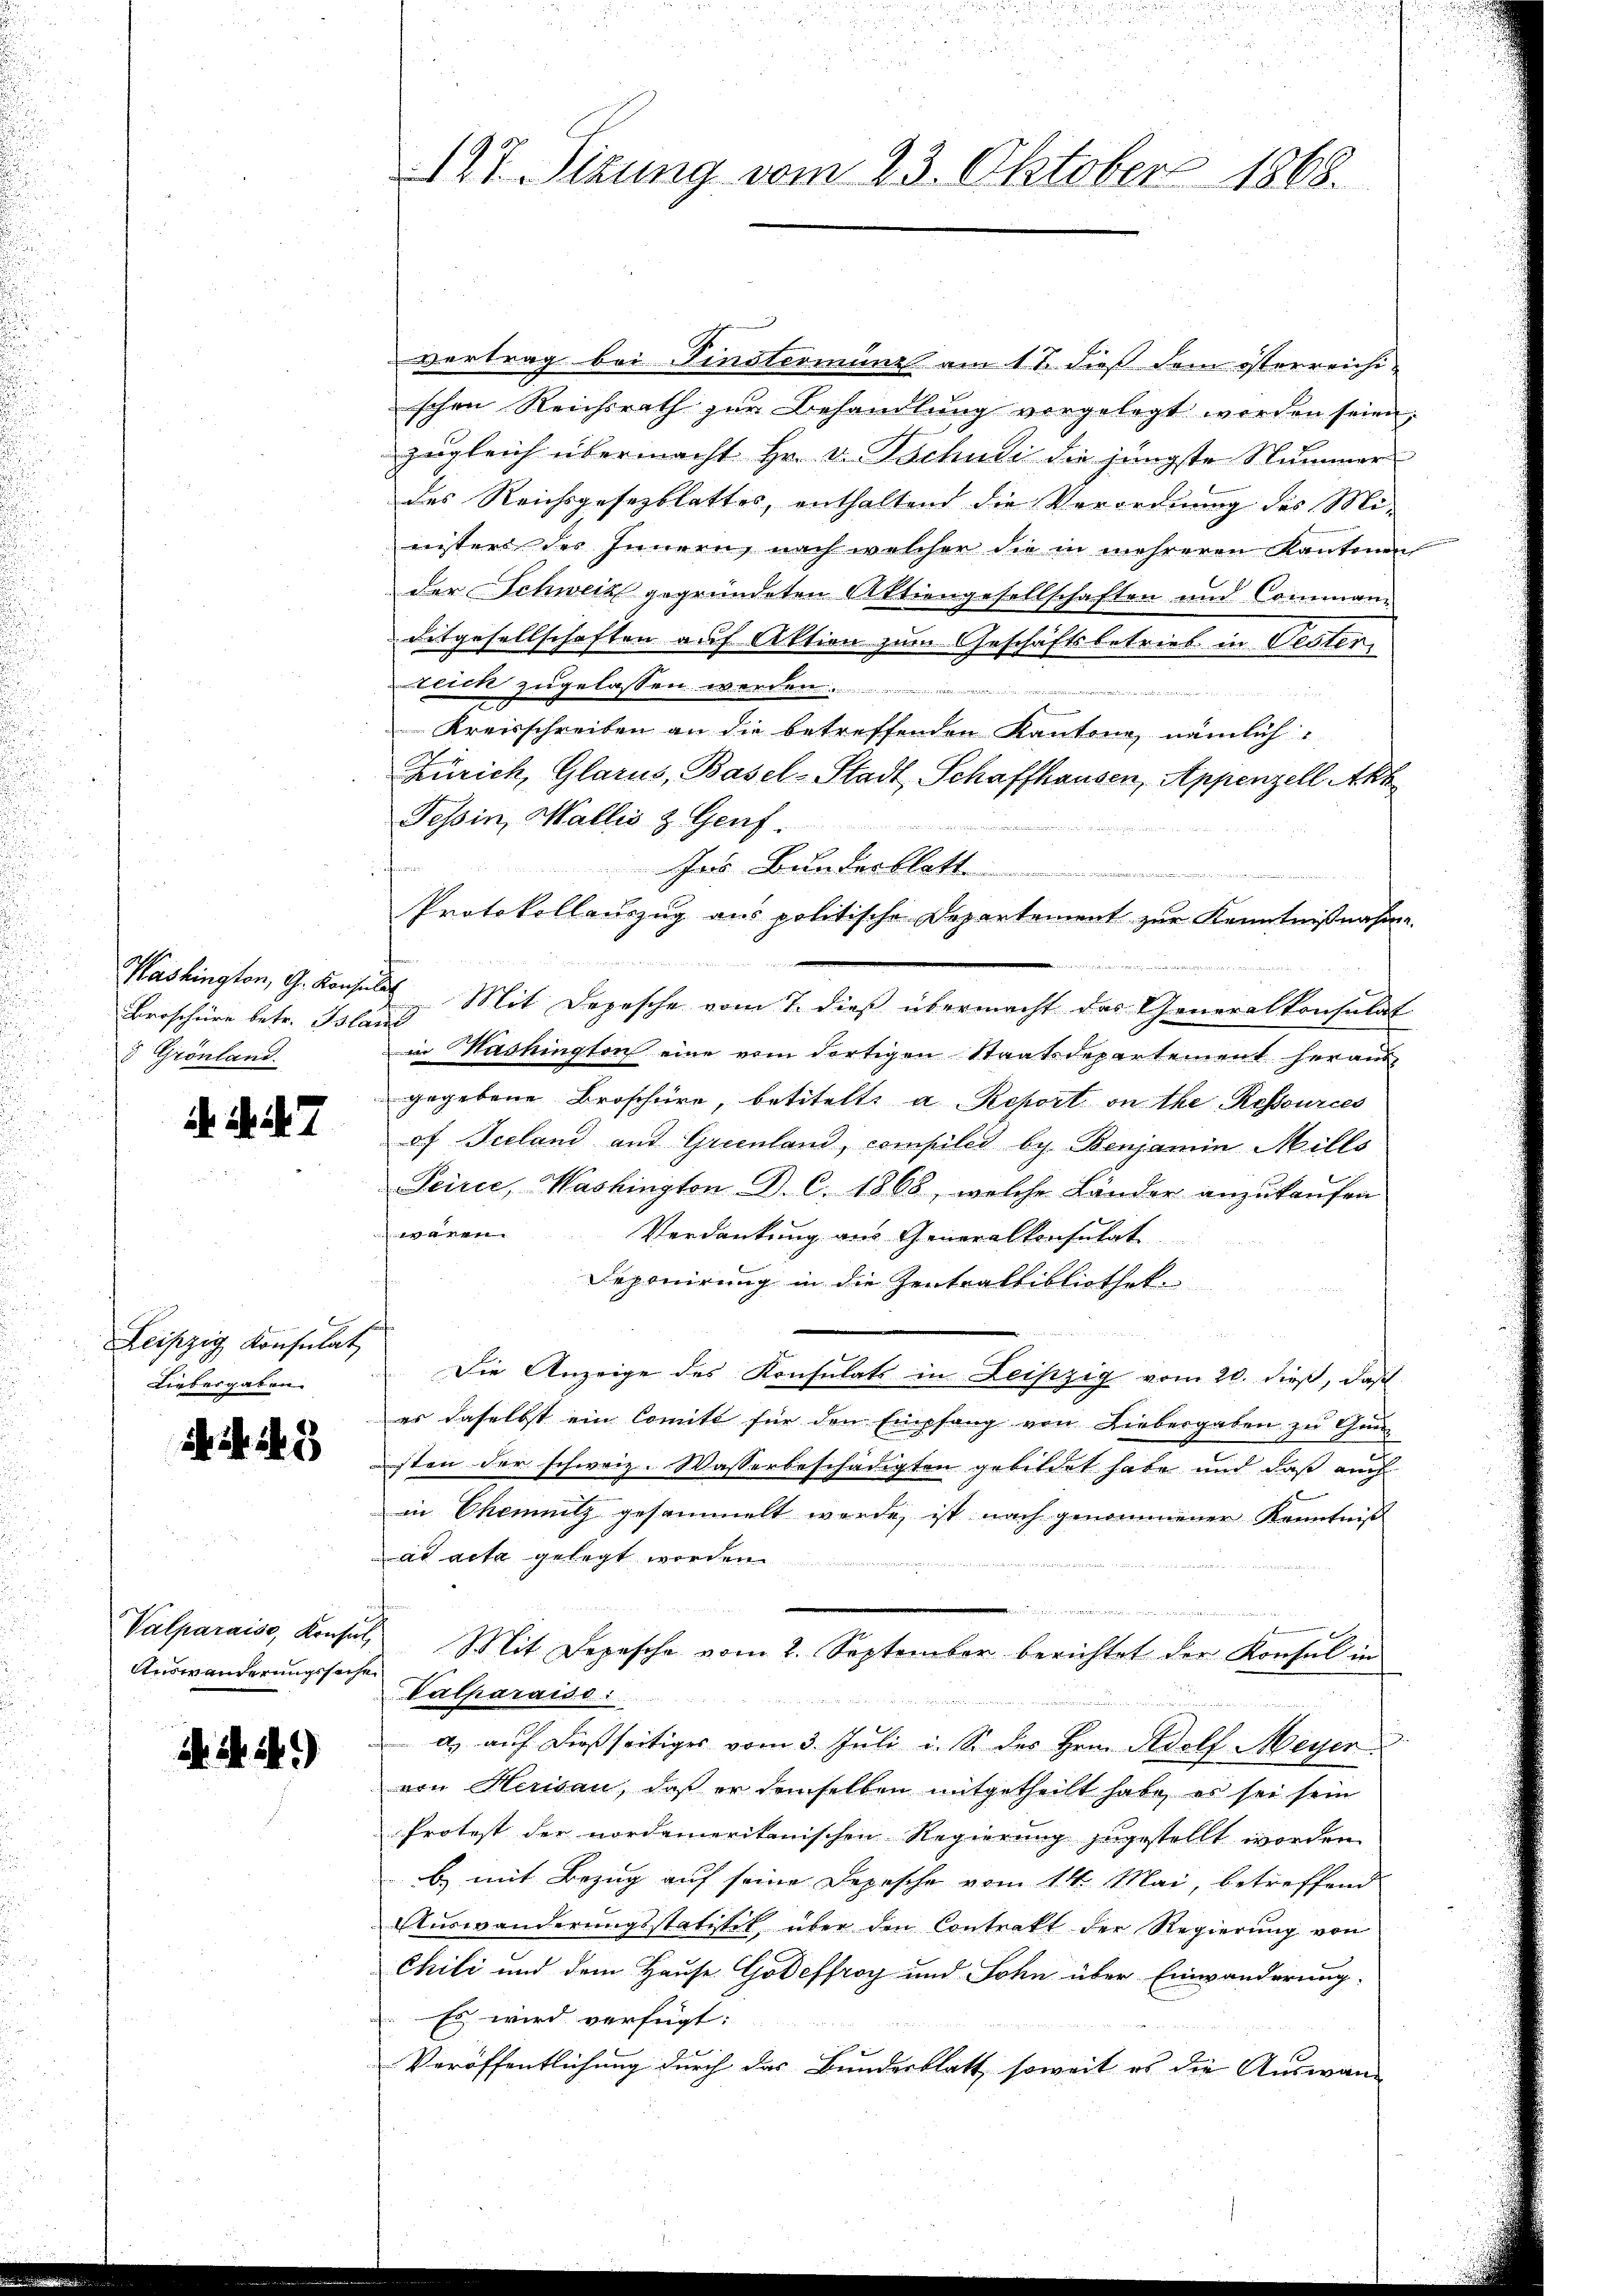
Broschüre betr. Bland
5 Grönland.

dh. Art. 7

Leipzig Konsulat
Liebesgaben.

N. 145

Auswanderungssachen

. . .

vertrag bei Finsterminst am 11. dieß dem österreichi-
schen Reichsrath zur Behandlung vorgelegt worden seien,
zugleich übermacht Hr. v. Tschudi die jüngste Stummer
des Reichsgesezblattes, enthaltend die Verordnung des Mi-
eisters des Innern, nach welcher die in mehreren Kantonen
der Schweiz gegründeten Aktiengesellschaften und Comman¬
Ditgesellschaften auf Aktien zum Geschäftsbetrieb in Oester,
tlich zugelassen werden...............
uiden
n als er
Kreisschreiben an die betreffenden Kantone nämlich
Zürich, Glarus, Basel-Stadt, Schaffhausen, Appenzell Akt
Tessin, Wallis & Genf.

e
Ins Bunderblatt...................................
Protokollauszug aus politische Departement zur Kenntnißnahme
inin vier
Washington, G. Konsuls Mit Depesche vom 7. dieß übermacht das Generalkonsulat
in Mashington eine vom dortigen Staatsdepartement heraus
gegebene Broschüre, betitelte a Report on the Ressources
of Seeland aus Grienland, compiled by. Benjamin Mills
Seirie, Washington D. C. 1868, welche Länder anzukaufen
waren
Verdankung aus Generalkonsulat
Deponirung in die Zentralbibliothek.
Die Anzeige des Konsulats in Leipzig vom 20. dieß, daß
es daselbst ein Comitt für den Empfang von Liebergaben zu Gun
sten der schweiz. Wasserbeschädigten gebildet habe und daß auch
in Chemnitz gesammelt werde, ist nach genommener Kenntniß
ad acta gelegt worden.
e
Valparaise, Konses Mit Depesche vom 2. September berichtet der Konsul in
Valparaise:

a. aŭf dießseitiges vom 3. Juli i. S. des Hrn. Adolf Meyer
von Herisau, daß er demselben mitgetheilt habe, es sei sein
Protest der nordamerikanischen Regierung zugestellt worden
b) mit Bezug auf seine Depesche vom 14. Mai, betreffend
Auswanderungsstatitik über den Contrakt der Regierung von
Chili und dem Hause Goteffroy und Sohn über Einwanderung.
Es wird verfügt:
Veröffentlichung durch das Bundesblatt, soweit es die Auswand

127. Sitzung vom 23. Oktober 1868.